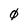
Character: 0